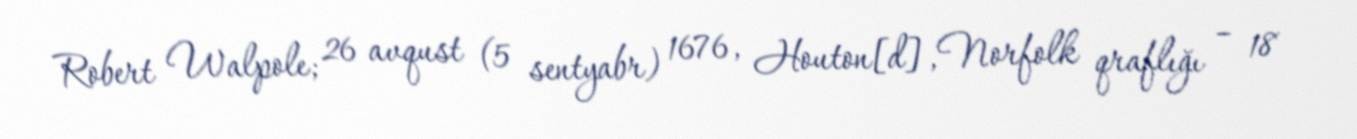
Robert Walpole; 26 avqust (5 sentyabr) 1676, Houton[d], Norfolk qraflığı – 18